Report of the Indian Hemp Drugs Commission, 1894-1895 - Volume V
Year: 1894
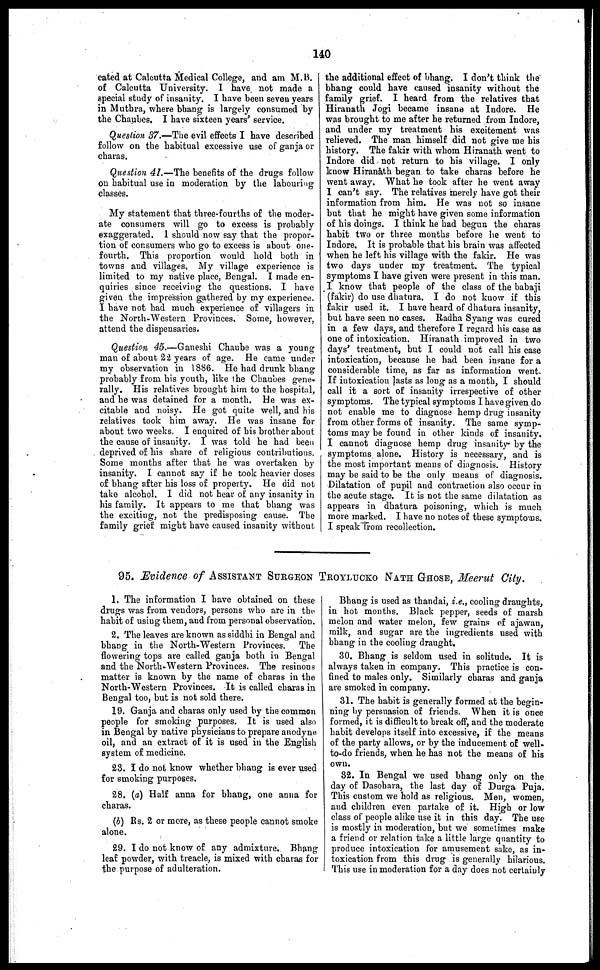
140
cated at Calcutta Medical College, and am M.B.
of Calcutta University. I have not made a
special study of insanity. I have been seven years
in Muthra, where bhang is largely consumed by
the Chaubes. I have sixteen years' service.
Question 37.—The evil effects I have described
follow on the habitual excessive use of ganja or
charas.
Question 41.—The benefits of the drugs follow
on habitual use in moderation by the labouring
classes.
My statement that three-fourths of the moder-
ate consumers will go to excess is probably
exaggerated. I should now say that the propor-
tion of consumers who go to excess is about one-
fourth. This proportion would hold both in
towns and villages. My village experience is
limited to my native place, Bengal. I made en-
quiries since receiving the questions. I have
given the impression gathered by my experience.
I have not had much experience of villagers in
the North-Western Provinces. Some, however,
attend the dispensaries.
Question 45.—Ganeshi Chaube was a young
man of about 22 years of age. He came under
my observation in 1886. He had drunk bhang
probably from his youth, like the Chaubes gene-
rally. His relatives brought him to the hospital,
and he was detained for a month. He was ex-
citable and noisy. He got quite well, and his
relatives took him away. He was insane for
about two weeks. I enquired of his brother about
the cause of insanity. I was told he had been
deprived of his share of religious contributions.
Some months after that he was overtaken by
insanity. I cannot say if he took heavier doses
of bhang after his loss of property. He did not
take alcohol. I did not hear of any insanity in
his family. It appears to me that bhang was
the exciting, not the predisposing cause. The
family grief might have caused insanity without
the additional effect of bhang. I don't think the
bhang could have caused insanity without the
family grief. I heard from the relatives that
Hiranath Jogi became insane at Indore. He
was brought to me after he returned from Indore,
and under my treatment his excitement was
relieved. The man himself did not give me his
history. The fakir with whom Hiranath went to
Indore did not return to his village. I only
know Hiranath began to take charas before he
went away. What he took after he went away
I can't say. The relatives merely have got their
information from him. He was not so insane
but that he might have given some information
of his doings. I think he had begun the charas
habit two or three months before he went to
Indore. It is probable that his brain was affected
when he left his village with the fakir. He was
two days under my treatment. The typical
symptoms I have given were present in this man.
I know that people of the class of the babaji
(fakir) do use dhatnra. I do not know if this
fakir used it. I have heard of dhatura insanity,
bub have seen no cases. Radha Syang was cured
in a few days, and therefore I regard his case as
one of intoxication. Hiranath improved in two
days' treatment, but I could not call his case
intoxication, because he had been in?ane for a
considerable time, as far as information went.
If intoxication lasts as long as a month, I should
call it a sort of insanity irrespective of other
symptoms. The typical symptoms I have given do
not enable me to diagnose hemp drug insanity
from other forms of insanity. The same symp-
toms may be found in other kinds of insanity.
I cannot diagnose hemp drug insanity by the
symptoms alone. History is necessary, and is
the most important means of diagnosis. History
may be said to be the only means of diagnosis.
Dilatation of pupil and contraction also occur in
the acute stage. It is not the same dilatation as
appears in dhatura poisoning, which is much
more marked. I have no notes of these symptoms.
I speak from recollection.
95. Evidence of ASSISTANT SURGEON TROYLUCKO NATH GHOSE, Meerut City.
1. The information I have obtained on these
drugs was from vendors, persons who are in the
habit of using them, and from personal observation.
2. The leaves are known as siddhi in Bengal and
bhang in the North-Western Provinces. The
flowering tops are called ganja both in Bengal
and the North-Western Provinces. The resinous
matter is known by the name of charas in the
North-Western Provinces. It is called charas in
Bengal too, but is not sold there.
19. Ganja and charas only used by the common
people for smoking purposes. It is used also
in Bengal by native physicians to prepare anodyne
oil, and an extract of it is used in the English
system of medicine.
23. I do not know whether bhang is ever used
for smoking purposes.
28. (a) Half anna for bhang, one anna for
charas.
(b) Rs. 2 or more, as these people cannot smoke
alone.
29. I do not know of any admixture. Bhang
leaf powder, with treacle, is mixed with charas for
the purpose of adulteration.
Bhang is used as thandai, i.e., cooling draughts,
in hot months. Black pepper, seeds of marsh
melon and water melon, few grains of ajawan,
milk, and sugar are the ingredients used with
bhang in the cooling draught.
30. Bhang is seldom used in solitude. It is
always taken in company. This practice is con-
fined to males only. Similarly charas and ganja
are smoked in company.
31. The habit is generally formed at the begin-
ning by persuasion of friends. When it is once
formed, it is difficult to break off, and the moderate
habit develops itself into excessive, if the means
of the party allows, or by the inducement of well-
to-do friends, when he has not the means of his
own.
32. In Bengal we used bhang only on the
day of Dasohara, the last day of Durga Puja.
This custom we hold as religious. Men, women,
and children even partake of it. High or low
class of people alike use it in this day. The use
is mostly in moderation, but we sometimes make
a friend or relation take a little large quantity to
produce intoxication for amusement sake, as in-
toxication from this drug is generally hilarious.
This use in moderation for a day does not certainly